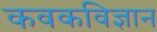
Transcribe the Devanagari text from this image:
कवकविज्ञान